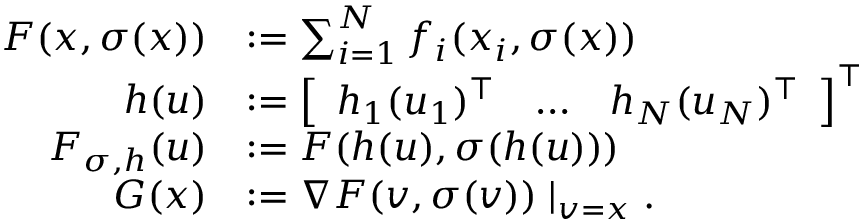
\begin{array} { r l } { F ( x , \sigma ( x ) ) } & { : = \sum _ { i = 1 } ^ { N } f _ { i } ( x _ { i } , \sigma ( x ) ) } \\ { h ( u ) } & { : = \left[ \begin{array} { l l l } { h _ { 1 } ( u _ { 1 } ) ^ { \top } } & { \dots } & { h _ { N } ( u _ { N } ) ^ { \top } } \end{array} \right] ^ { \top } } \\ { F _ { \sigma , h } ( u ) } & { : = F ( h ( u ) , \sigma ( h ( u ) ) ) } \\ { G ( x ) } & { : = \nabla F ( v , \sigma ( v ) ) \mid _ { v = x } . } \end{array}